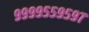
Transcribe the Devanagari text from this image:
९९९९५५९५९७